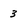
Character: 3